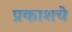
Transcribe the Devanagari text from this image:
प्रकाशचे